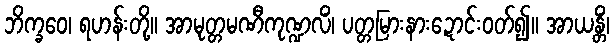
ဘိက္ခဝေ၊ ရဟန်းတို့။ အာမုတ္တမဏီကုဏ္ဍလိံ၊ ပတ္တမြားနားဍောင်းဝတ်၍။ အာယန္တိံ၊